Indian journal of veterinary science and animal husbandry - Volume 10,
Year: 1940
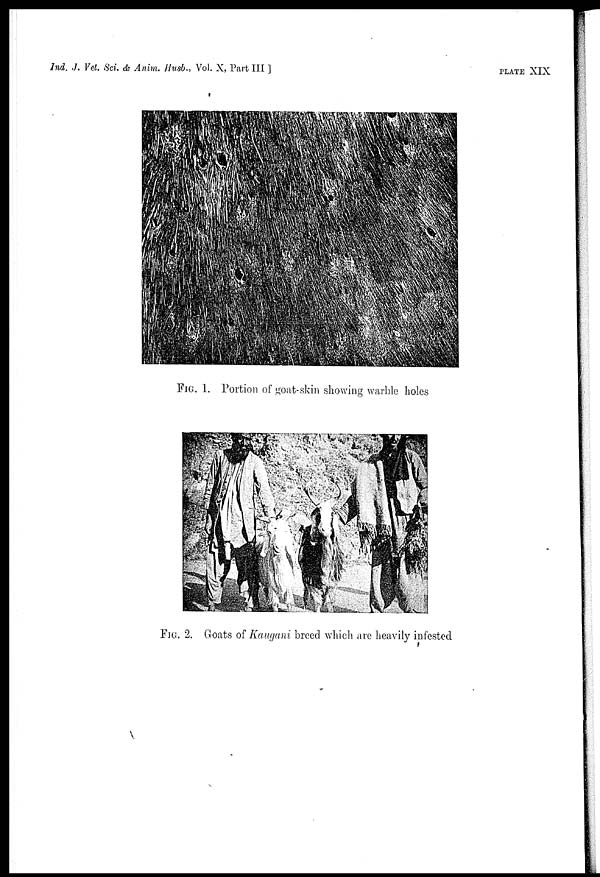
Ind. J. Vet. Sci. & Anim. Husb., Vol. X, Part III
]
plate XIX
FIG. 1. Portion of goat-skin showing warble holes
FIG. 2. Goats of Kaugani breed which are heavily infested